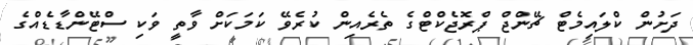
ދަށުން ކްލައިމެޓް ޗޭންޖް ޕްރޮޖެކްޓްގެ ތެރެއިން ކުރެވޭ ކަމަކަށް ވާތީ ވަކި ސްޓޭންޑާޑެއްގެ